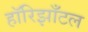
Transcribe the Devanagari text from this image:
हॉरिझाँटल